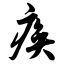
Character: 痪